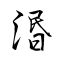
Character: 湣